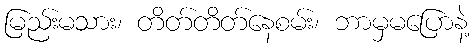
မြည်းမသား၊ တိတ်တိတ်နေစမ်း၊ ဘာမှမပြောနဲ့